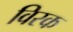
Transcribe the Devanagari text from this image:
विरक